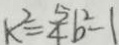
k ^ { 2 } = \frac { 5 } { 4 } b ^ { 2 } - 1